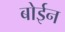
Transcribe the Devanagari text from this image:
बोईन